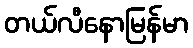
တယ်လီနောမြန်မာ